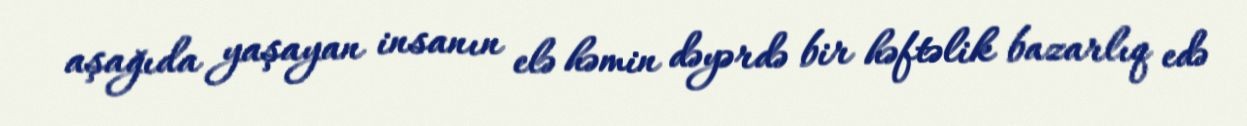
aşağıda yaşayan insanın elə həmin dəyərdə bir həftəlik bazarlıq edə